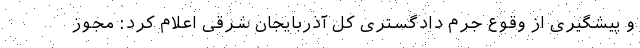
و پیشگیری از وقوع جرم دادگستری کل آذربایجان شرقی اعلام کرد: مجوز